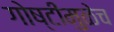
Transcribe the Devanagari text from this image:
गोष्टींमुळेच